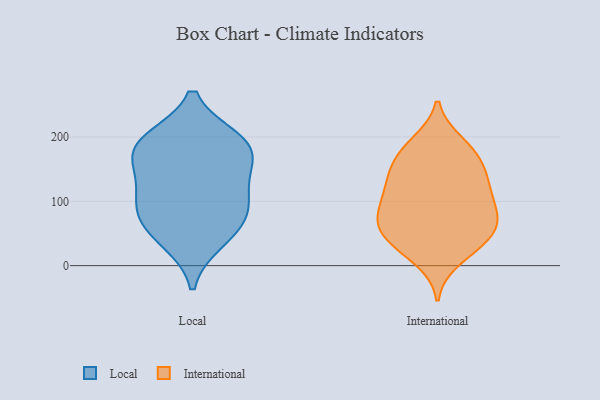
{"axis": {"x": "LTV (USD)", "y": "Value"}, "legend": ["International", "Local"], "data": [{"x": "", "y": 139, "type": "Local"}, {"x": "", "y": 194, "type": "Local"}, {"x": "", "y": 184, "type": "Local"}, {"x": "", "y": 59, "type": "Local"}, {"x": "", "y": 188, "type": "Local"}, {"x": "", "y": 175, "type": "Local"}, {"x": "", "y": 40, "type": "Local"}, {"x": "", "y": 78, "type": "Local"}, {"x": "", "y": 112, "type": "Local"}, {"x": "", "y": 97, "type": "Local"}, {"x": "", "y": 191, "type": "International"}, {"x": "", "y": 159, "type": "International"}, {"x": "", "y": 32, "type": "International"}, {"x": "", "y": 32, "type": "International"}, {"x": "", "y": 97, "type": "International"}, {"x": "", "y": 109, "type": "International"}, {"x": "", "y": 62, "type": "International"}, {"x": "", "y": 74, "type": "International"}, {"x": "", "y": 74, "type": "International"}, {"x": "", "y": 40, "type": "International"}, {"x": "", "y": 180, "type": "International"}, {"x": "", "y": 121, "type": "International"}, {"x": "", "y": 96, "type": "International"}, {"x": "", "y": 183, "type": "International"}, {"x": "", "y": 148, "type": "International"}, {"x": "", "y": 61, "type": "International"}, {"x": "", "y": 60, "type": "International"}, {"x": "", "y": 143, "type": "International"}, {"x": "", "y": 131, "type": "International"}, {"x": "", "y": 10, "type": "International"}]}